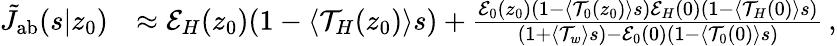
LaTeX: \begin{array}{rl}{\tilde{J}_{\mathrm{{ab}}}(s|z_{0})}&{\approx\mathcal{E}_{H}(z_{0})(1-\langle\mathcal{T}_{H}(z_{0})\rangle s)+\frac{\mathcal{E}_{0}(z_{0})(1-\langle\mathcal{T}_{0}(z_{0})\rangle s)\mathcal{E}_{H}(0)(1-\langle\mathcal{T}_{H}(0)\rangle s)}{(1+\langle\mathcal{T}_{w}\rangle s)-\mathcal{E}_{0}(0)(1-\langle\mathcal{T}_{0}(0)\rangle s)}\, ,}\end{array}